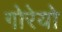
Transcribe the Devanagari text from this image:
गोरेयो